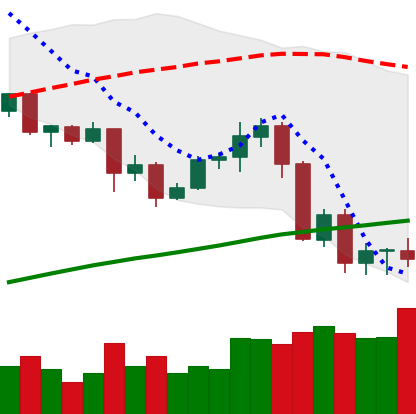
Ticker: ADA-USD
Chart end date: 2020-09-08
Forward return: 4.225%
Label: up_3_5